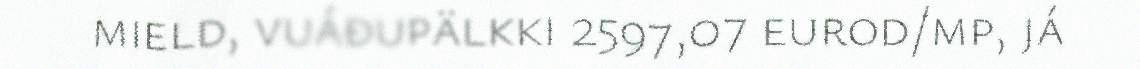
mield, vuáđupälkki 2597,07 eurod/mp, já